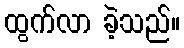
ထွက်လာ ခဲ့သည်။